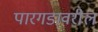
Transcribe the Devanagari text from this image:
पारगडावरील